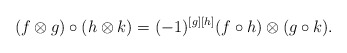
\begin{align*}(f\otimes g)\circ (h\otimes k)=(-1)^{[g] [h]}(f\circ h)\otimes (g\circ k).\end{align*}